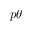
p \theta